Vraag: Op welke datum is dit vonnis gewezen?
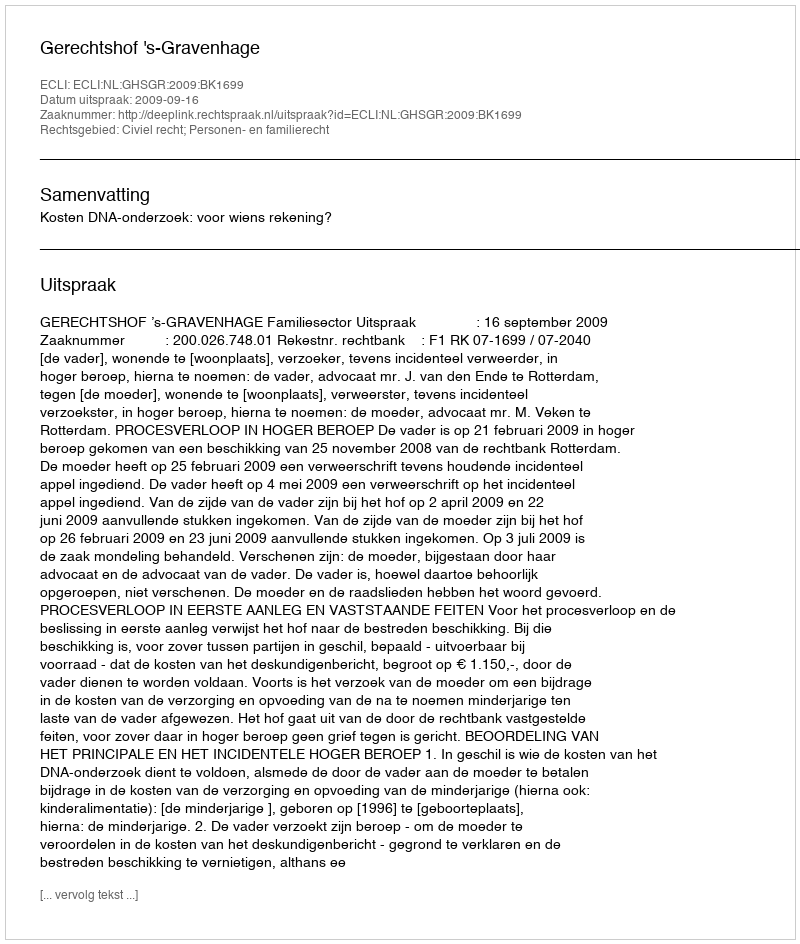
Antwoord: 2009-09-16